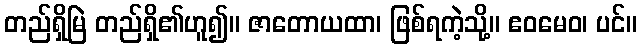
တည်ရှိမြဲ တည်ရှိ၏ဟူ၍။ ဇာတောယထာ၊ ဖြစ်ရကဲ့သို့။ ဧဝမေဝ၊ ပင်။